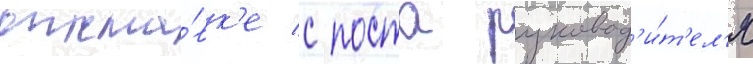
отста́вк'е с поста руковод'и́т'ел'я